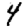
Digit: 4